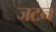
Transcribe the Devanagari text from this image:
जटन